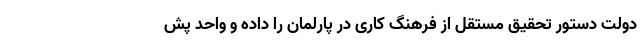
دولت دستور تحقیق مستقل از فرهنگ کاری در پارلمان را داده و واحد پش